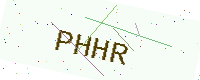
Text: PHHR